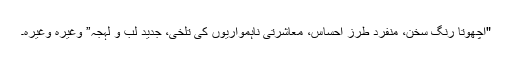
"اچھوتا رنگِ سخن، منفرد طرزِ احساس، معاشرتی ناہمواریوں کی تلخی، جدید لب و لہجہ” وغیرہ وغیرہ۔